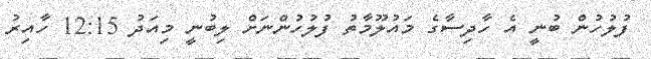
ފުލުހުން ބުނީ އެ ހާދިސާގެ މައުލޫމާތު ފުލުހުންނަށް ލިބުނީ މިއަދު 12:15 ހާއިރު